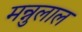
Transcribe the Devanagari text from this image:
मन्नुलाल